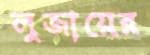
লুজায়ের